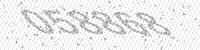
Solution: 058868